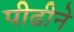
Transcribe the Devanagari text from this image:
पीढीने